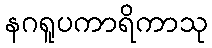
နဂရူပကာရိကာသု